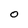
Character: O